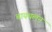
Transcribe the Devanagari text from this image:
बायथलन